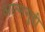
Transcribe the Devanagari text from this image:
आत्मसुद्दी